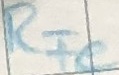
Text: RFe